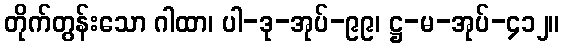
တိုက်တွန်းသော ဂါထာ၊ ပါ-ဒု-အုပ်-၉၉၊ ဋ္ဌ-မ-အုပ်-၄၁၂။